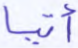
أتيا